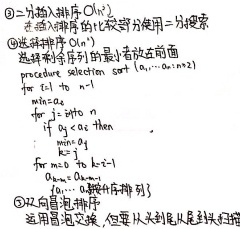
\textcircled{2} 二分插入排序 \(O(n^2)\)
# 插入排序的比较改为二分搜索
\textcircled{3} 选择排序：选择剩余序列的最小者放在前面
```
procedure selection_sort $(a_1,\cdots,a_{n + 2})$
    for $i = 1$ to $n$
        $min = a_i$
        $k = i$
        for $j = i + 1$ to $n$
            if $a_j < a_k$ then
                $k = j$
            end if
        end for
        $a_k \leftrightarrow a_i$
    end for
// $a_1,\cdots,a_n$ 是排序序列
```
\textcircled{4} 双向冒泡排序
// 也是冒泡排序，但要从头到尾是从尾到头排